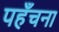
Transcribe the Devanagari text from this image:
पहँचना